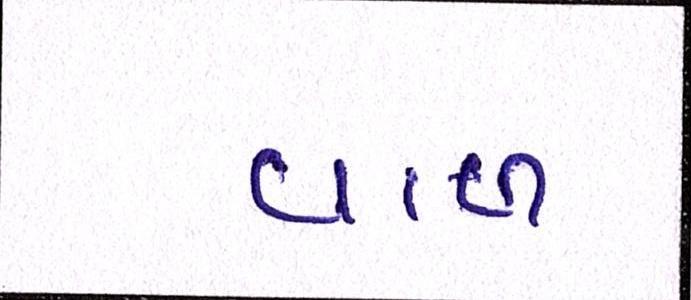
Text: વાળ